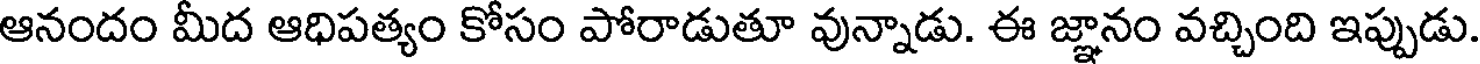
ఆనందం మీద ఆధిపత్యం కోసం పోరాడుతూ వున్నాడు. ఈ జ్ఞానం వచ్చింది ఇప్పుడు.